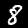
Label: 8